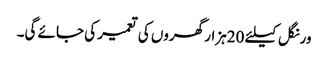
ورنگل کیلئے 20ہزار گھروں کی تعمیر کی جائے گی۔